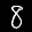
Label: 8